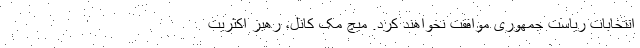
انتخابات ریاست جمهوری موافقت نخواهند کرد. میچ مک کانل، رهبر اکثریت